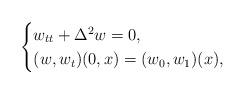
LaTeX: \begin{align*}\begin{cases}w_{tt}+\Delta^2 w=0,\\(w,w_t)(0,x)=(w_0,w_1)(x),\end{cases}\end{align*}